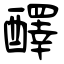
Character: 醳